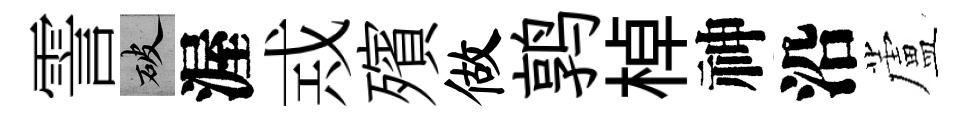
霅破渥𢦶殯做鹑棹神沿蘆